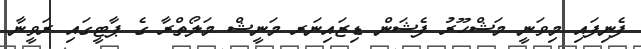
ފެނިފައި މިވަނީ މަޝްހޫރު ފެޝަން ޑިޒައިނަރ މަނީޝް މަލޯތްރާ ގެ ޕާޓީގައި ރަވީނާ